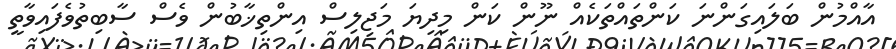
އާއްމުން ބަލައިގަންނަ ކަންތައްތަކެއް ނޫން ކަން މިދިޔަ މަޖިލިސް އިންތިޚާބުން ވެސް ސާބިތުވެފައިވާތީ